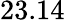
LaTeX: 23.14